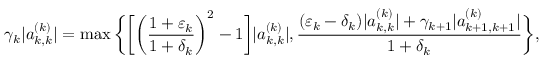
\gamma _ { k } | a _ { k , k } ^ { ( k ) } | = \operatorname* { m a x } \bigg \{ \bigg [ \bigg ( \frac { 1 + \varepsilon _ { k } } { 1 + \delta _ { k } } \bigg ) ^ { 2 } - 1 \bigg ] | a _ { k , k } ^ { ( k ) } | , \frac { ( \varepsilon _ { k } - \delta _ { k } ) | a _ { k , k } ^ { ( k ) } | + \gamma _ { k + 1 } | a _ { k + 1 , k + 1 } ^ { ( k ) } | } { 1 + \delta _ { k } } \bigg \} ,